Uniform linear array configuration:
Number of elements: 64
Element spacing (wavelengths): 0.5
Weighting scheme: exponential
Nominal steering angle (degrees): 60
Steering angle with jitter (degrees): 61.369
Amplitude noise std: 0.05
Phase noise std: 0.05

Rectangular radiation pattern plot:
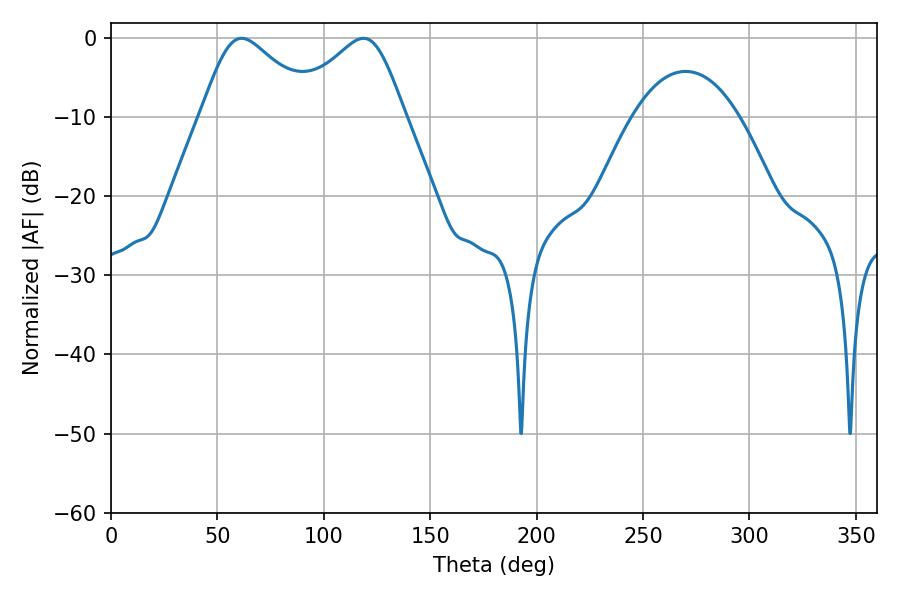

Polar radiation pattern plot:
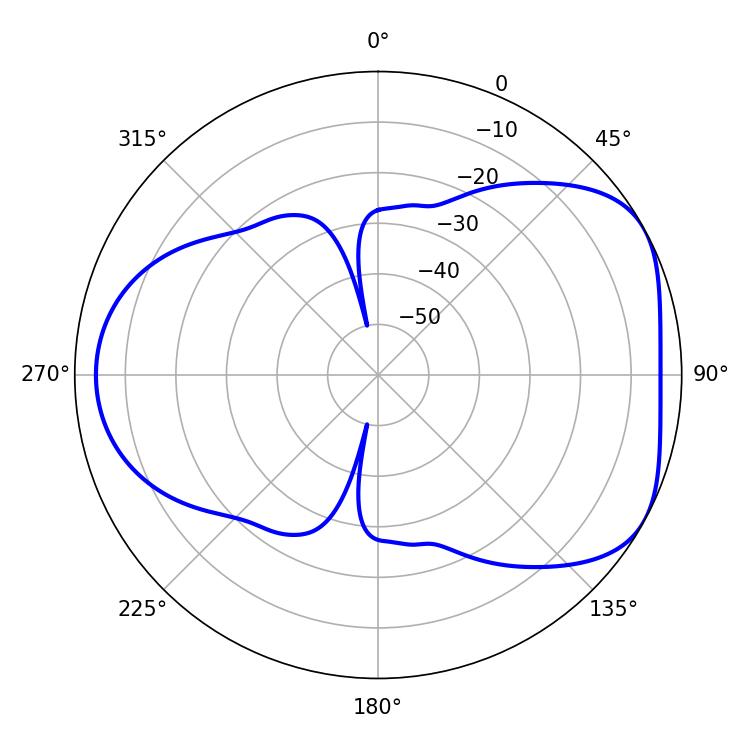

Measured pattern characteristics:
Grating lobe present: FALSE
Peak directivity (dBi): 4.846
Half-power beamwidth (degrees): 26.82
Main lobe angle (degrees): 61.38